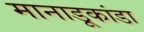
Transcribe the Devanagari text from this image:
मानाडूकांडा